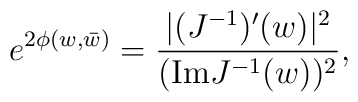
e^{2\phi(w,\bar{w})} = {|(J^{-1})'(w)|^2\over ({\rm Im} J^{-1}(w))^2},